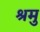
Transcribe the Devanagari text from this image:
श्रमु